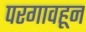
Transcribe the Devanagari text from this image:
परगावहून